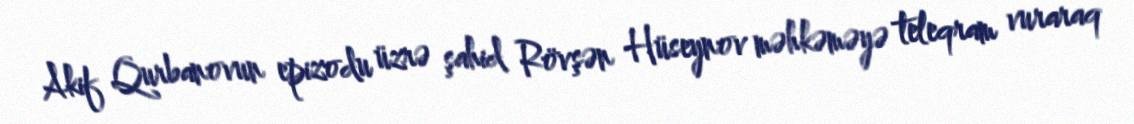
Akif Qurbanovun epizodu üzrə şahid Rövşən Hüseynov məhkəməyə teleqram vuraraq